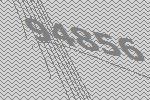
94856